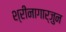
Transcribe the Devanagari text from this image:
श्रीनागार्जुन